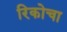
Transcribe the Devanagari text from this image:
रिकोचा